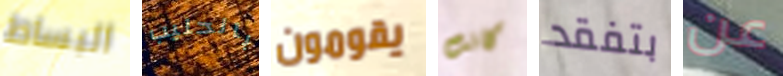
البساط بالحليب يقومون كانت بتفقد عن